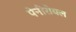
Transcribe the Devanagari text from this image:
पेनीरोयल